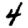
Digit: 4